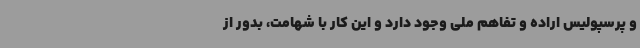
و پرسپولیس اراده و تفاهم ملی وجود دارد و این کار با شهامت، بدور از